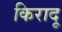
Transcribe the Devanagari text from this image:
किरादू